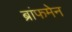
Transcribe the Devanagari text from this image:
ब्रांफमेन